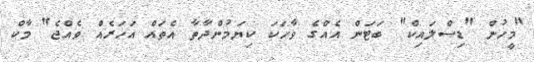
"މީހުން "ޑިސްލައިކް" ބަޓަން އެއްގެ ވާހަކަ ކިޔަމުންދާތާ އެތައް އަހަރެއް ވެއްޖެ" މާކް